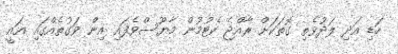
ހަޑި އަދި ލަދުވެތި ގޮތަކަށް ރާއްޖެ ކެޓުމުން މާޔޫސްވެފައި އިން ވަގުތެއްގައި އައީ